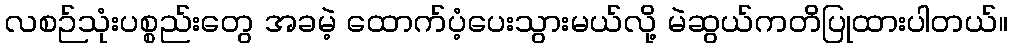
လစဉ်သုံးပစ္စည်းတွေ အခမဲ့ ထောက်ပံ့ပေးသွားမယ်လို့ မဲဆွယ်ကတိပြုထားပါတယ်။